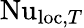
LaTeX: \mathrm{Nu}_{\textrm{loc},T}